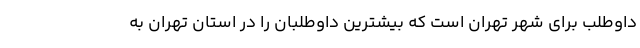
داوطلب برای شهر تهران است که بیشترین داوطلبان را در استان تهران به